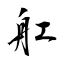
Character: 舡